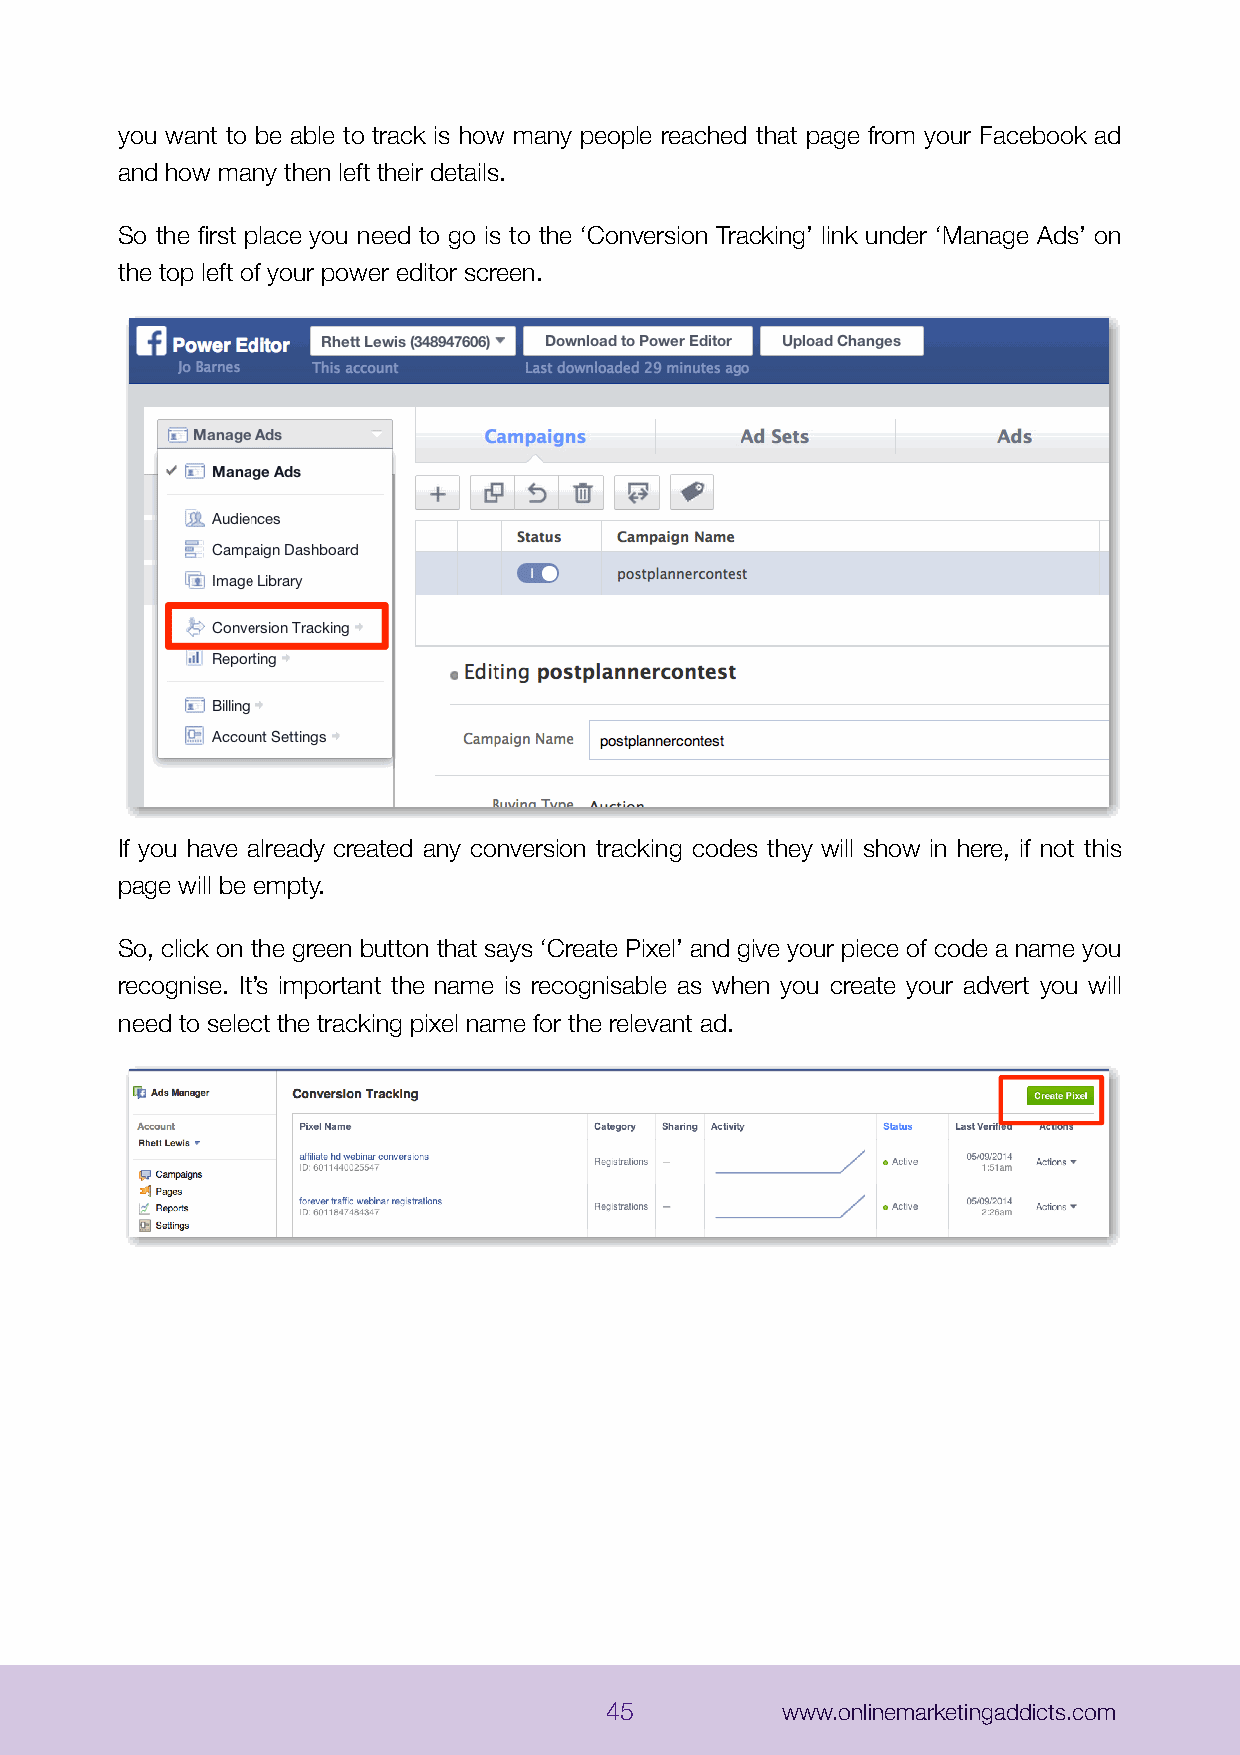
you want to be able to track is how many people reached that page from your Facebook ad
 and how many then left their details.
 So the first place you need to go is to the ‘Conversion Tracking’ link under ‘Manage Ads’ on
 the top left of your power editor screen.
 If you have already created any conversion tracking codes they will show in here, if not this
 page will be empty.
 So, click on the green button that says ‘Create Pixel’ and give your piece of code a name you
 recognise. It’s important the name is recognisable as when you create your advert you will
 need to select the tracking pixel name for the relevant ad.
 45          www.onlinemarketingaddicts.com